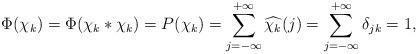
LaTeX: \begin{align*}\Phi(\chi_k)=\Phi(\chi_k\ast \chi_k)=P(\chi_k)=\sum_{j=-\infty}^{+\infty}\widehat{\chi_k}(j)= \sum_{j=-\infty}^{+\infty}{\delta_{jk}}= 1,\end{align*}